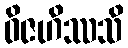
ဝိဇဟိဿသိ